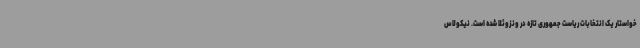
خواستار یک انتخابات ریاست جمهوری تازه در ونزوئلا شده است. نیکولاس